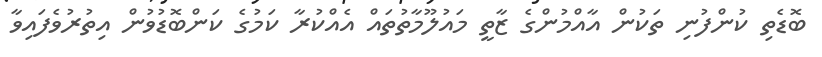
ބޮޑެތި ކުންފުނި ތަކުން އާއްމުންގެ ޒާތީ މައުލޫމާތުތައް އެއްކުރާ ކަމުގެ ކަންބޮޑުވުން އިތުރުވެފައިވާ